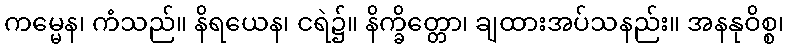
ကမ္မေန၊ ကံသည်။ နိရယေန၊ ငရဲ၌။ နိက္ခိတ္တော၊ ချထားအပ်သနည်း။ အနနုဝိစ္စ၊